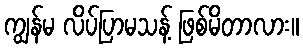
ကျွန်မ လိပ်ပြာမသန့် ဖြစ်မိတာလား။